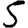
Digit: 5